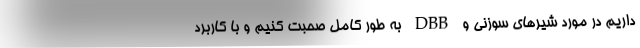
داریم در مورد شیرهای سوزنی و DBB به طور کامل صحبت کنیم و با کاربرد